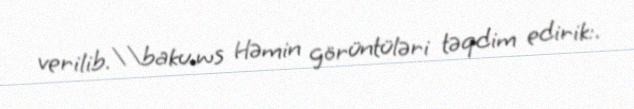
verilib.\\baku.ws Həmin görüntüləri təqdim edirik:.